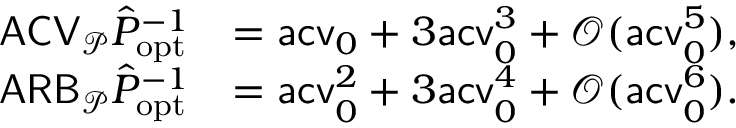
\begin{array} { r l } { \mathsf { A C V } _ { \mathcal P } \hat { P } _ { \mathrm { o p t } } ^ { - 1 } } & { = \mathsf { a c v } _ { 0 } + 3 \mathsf { a c v } _ { 0 } ^ { 3 } + \mathcal O ( \mathsf { a c v } _ { 0 } ^ { 5 } ) , } \\ { \mathsf { A R B } _ { \mathcal P } \hat { P } _ { \mathrm { o p t } } ^ { - 1 } } & { = \mathsf { a c v } _ { 0 } ^ { 2 } + 3 \mathsf { a c v } _ { 0 } ^ { 4 } + \mathcal O ( \mathsf { a c v } _ { 0 } ^ { 6 } ) . } \end{array}